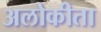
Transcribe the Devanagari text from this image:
अलोकीता